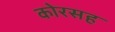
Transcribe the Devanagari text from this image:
कोरसह